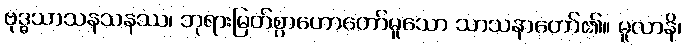
ဗုဒ္ဓသာသနသနဿ၊ ဘုရားမြတ်စွာဟောတော်မူသော သာသနာတော်၏။ မူလာနိ၊